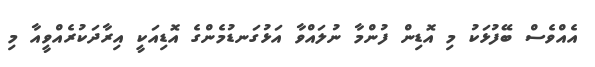
އެއްވެސް ބޭފުޅަކު މި އޮޑިން ފުންމާ ނުލައްވާ އަޅުގަނޑުމެންގެ އޮޑިއަކީ އިރާދަކުރެއްވީއާ މި